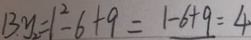
1 3 y _ { 2 } = 1 ^ { 2 } - 6 + 9 = 1 - 6 + 9 = 4